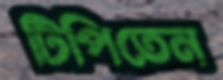
টিপিতেন